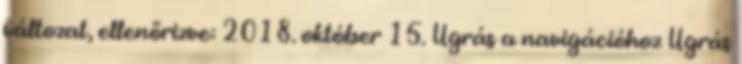
változat, ellenőrizve: 2018. október 15. Ugrás a navigációhoz Ugrás